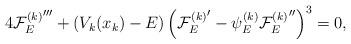
LaTeX: \begin{align*}4{{\cal F}_E^{(k)}}'''+(V_k(x_k)-E)\left({{\cal F}_E^{(k)}}'-\psi^{(k)}_E{{\cal F}_E^{(k)}}''\right)^3=0,\end{align*}